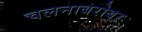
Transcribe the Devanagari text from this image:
चलनाबरोबर